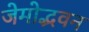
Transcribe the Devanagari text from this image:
जेमोद्भवन